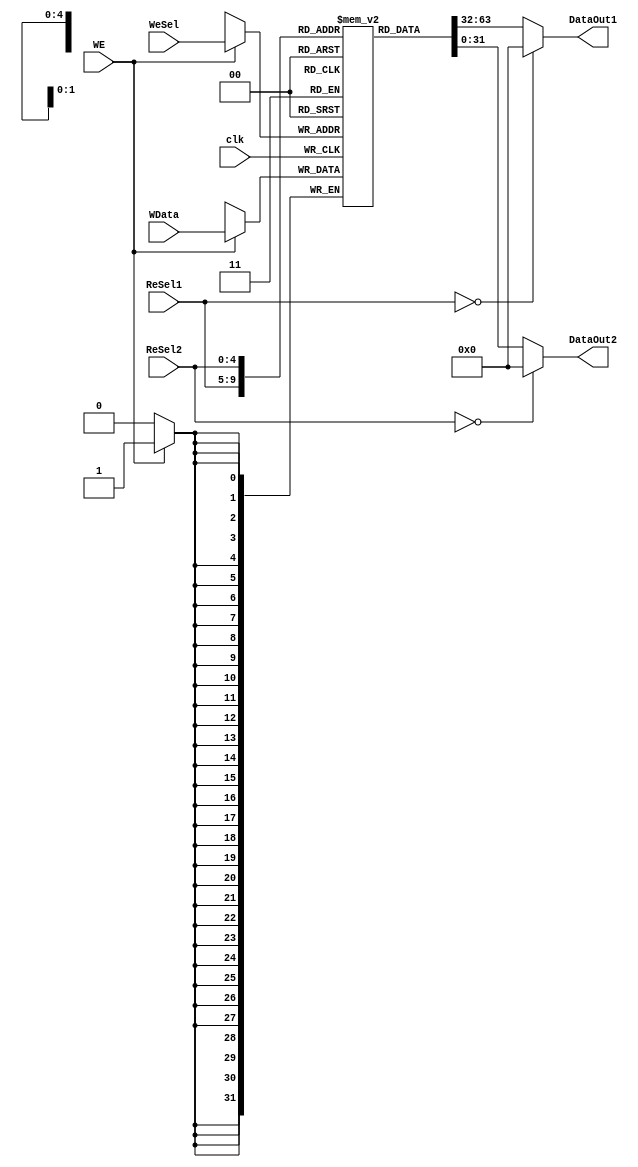

module GPR(DataOut1,DataOut2,clk,WData,WE,WeSel,ReSel1,ReSel2);
	input clk;
	input WE;
	input [4:0] WeSel,ReSel1,ReSel2;
	input [31:0] WData;
	
	output [31:0] DataOut1,DataOut2;
	
	
	reg [31:0] Gpr[31:0];
	
	always@(negedge clk)
	begin
		if(WE == 1)
			Gpr[WeSel] <= WData;
			   
	 $display("R[00-07]=%8X, %8X, %8X, %8X, %8X, %8X, %8X, %8X", 0, Gpr[1], Gpr[2], Gpr[3], Gpr[4], Gpr[5], Gpr[6], Gpr[7]);
         $display("R[08-15]=%8X, %8X, %8X, %8X, %8X, %8X, %8X, %8X", Gpr[8], Gpr[9], Gpr[10], Gpr[11], Gpr[12], Gpr[13], Gpr[14], Gpr[15]);
         $display("R[16-23]=%8X, %8X, %8X, %8X, %8X, %8X, %8X, %8X", Gpr[16], Gpr[17], Gpr[18], Gpr[19], Gpr[20], Gpr[21], Gpr[22], Gpr[23]);
         $display("R[24-31]=%8X, %8X, %8X, %8X, %8X, %8X, %8X, %8X", Gpr[24], Gpr[25], Gpr[26], Gpr[27], Gpr[28], Gpr[29], Gpr[30], Gpr[31]);
         $display("R[%4X]=%8X", WeSel, Gpr[WeSel]);
	end
	assign DataOut1 = (ReSel1==0)?0:Gpr[ReSel1];
	assign DataOut2 = (ReSel2==0)?0:Gpr[ReSel2];

	
endmodule